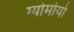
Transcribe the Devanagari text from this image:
ग्योमोयो